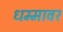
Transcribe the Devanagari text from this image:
धम्मावर